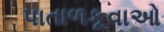
પાતાળકૂવાઓ